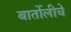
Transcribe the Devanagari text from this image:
बार्तोलीचे